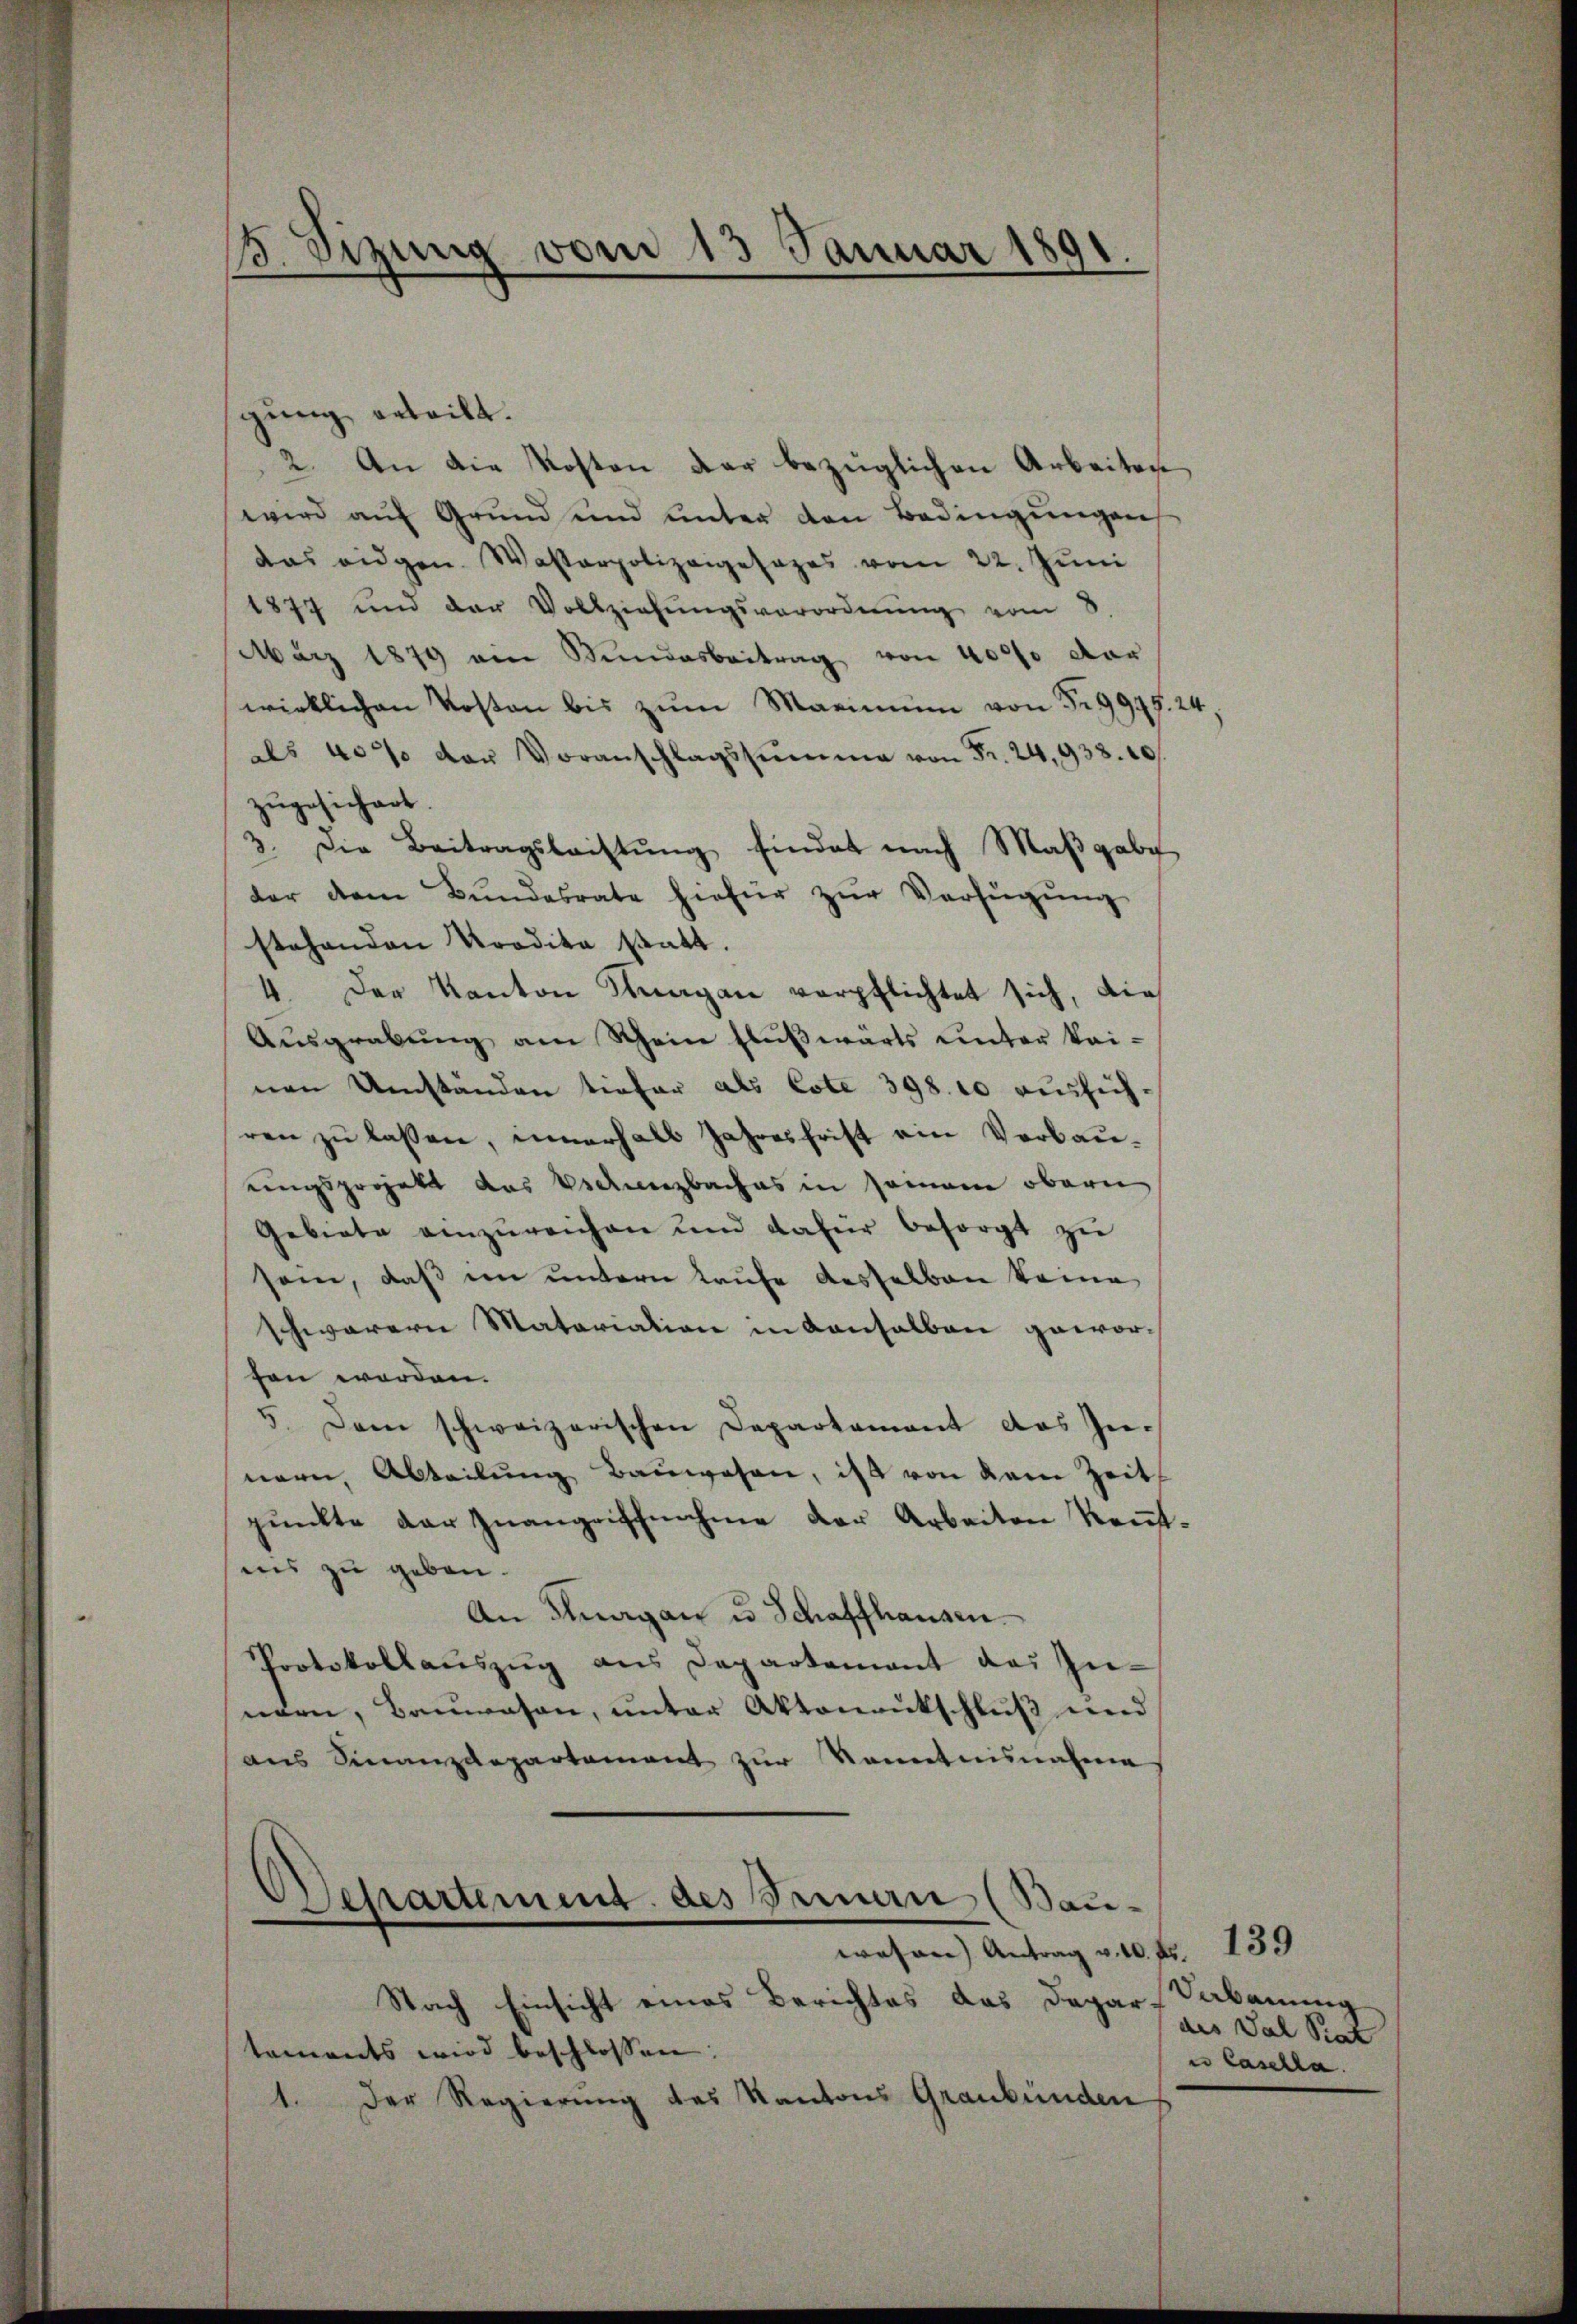
38. Sizung vom 13 Januar 1891.

gung erteilt.
2. An die Kosten der bezüglichen Arbeiten
wird auf Grund und unter den Bedingungen
das eidgen. Wasserpolizeigesages vom 22. Juni
1877 und der Vollziehŭngsverordnŭng vom 8.
März 1879 am Sŭndesbeitrag von 4000 der
wirklichen Kosten bis zŭm Marimum von 5. 9975. 24.
als 40% der Voranschlagssumme von Fr. 24,938. 10
zŭgesichert.
3. Die Beitragsleistŭng findet nach Maβgabe
der dem Bŭndesrate hiefür zŭr Verfügung
stehenden Tradita statt.
4. Der Kanton Knagan verpflichtet sich, die
Aŭsgrabŭng am Schein flŭβwärts unter kai-
nen Umständen tiefer als Cote 398. 10 aussichren zu lassen, innerhalb Jahresfrist ein Verbauungsprojekt das Vielenzbaches in somam obern
Gebiete einzŭreichen und daher besorgt zŭ
sein, daß in untern Laufe desselben keine
schwerern Matariation in Kansalben geworfen worden.
5. Dann schweizerischen Departament das In-
nern, Abteilŭng Bauwesen, ist von dem Zeit
punkte der Zuangeschnahme der Arbeiten Kenntins zu geben.
An Thurgan u. Schaffhausen.
Protokollaŭszŭg ans Departement des In-
nern, Bauwesen, unter Aktonentschluß und
ans Finanzdepartament zŭr Kenntninalena
Departement des Treuern (Bau-
e
wesen) Antrag v. 10. Fr. 139
Nach Einsicht eines Berichtes das Depar-
tements wird beschlossen:
1. Der Regierung des Kantons Graubünden

Verbauung
des Val Stat
in Casella.